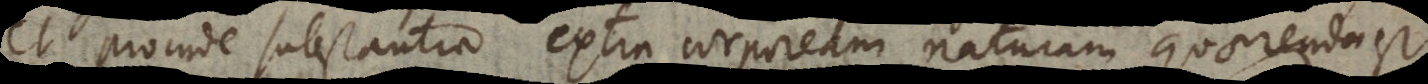
et proinde substantia extra corpoream naturam quaerenda est.